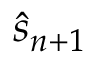
\hat { s } _ { n + 1 }